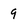
Character: 9